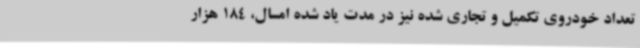
تعداد خودروی تکمیل و تجاری شده نیز در مدت یاد شده امسال، 184 هزار